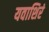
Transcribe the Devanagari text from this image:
यवाशिरं